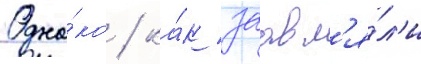
Одна́ко / ка́к заавл'я́л'и